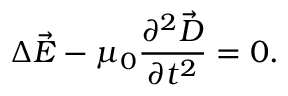
\Delta \vec { E } - \mu _ { 0 } \frac { \partial ^ { 2 } \vec { D } } { \partial t ^ { 2 } } = 0 .